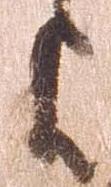
よ